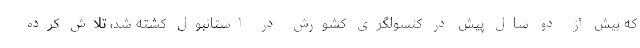
که بیش از دو سال پیش در کنسولگری کشورش در استانبول کشته شد، تلاش کرده